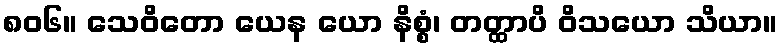
၈၀၆။ သေဝိတော ယေန ယော နိစ္စံ၊ တတ္ထာပိ ဝိသယော သိယာ။